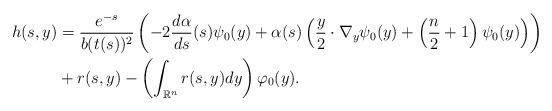
LaTeX: \begin{align*}h(s,y) &= \frac{e^{-s}}{b(t(s))^2}\left( -2 \frac{d\alpha}{ds}(s) \psi_0(y)+\alpha(s)\left(\frac{y}{2}\cdot\nabla_y\psi_0(y)+\left(\frac{n}{2}+1\right)\psi_0(y) \right) \right)\\&+ r(s,y) - \left(\int_{\mathbb{R}^n} r(s,y) dy \right) \varphi_0(y).\end{align*}